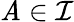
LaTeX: \mathit{A}\in{\mathcal{{I}}}